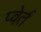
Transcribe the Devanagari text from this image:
प्वेर्त